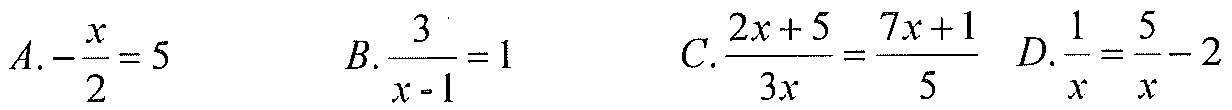
\(A.-\frac{x}{2}=5\quad B.\frac{3}{x - 1}=1\quad C.\frac{2x + 5}{3x}=\frac{7x + 1}{5}\quad D.\frac{1}{x}=\frac{5}{x}-2\)